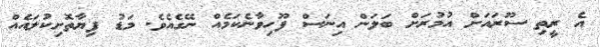
އެ ރީތި ސޫރައަށް އުމުރަށް ބަލަން އިނަސް ފޫހިވާނެކަމެއް ނޭގެއެވެ. މަޑު ފިޔާތޮށިކުލައެއް